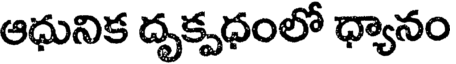
ఆధునిక దృక్పధంలో ధ్యానం